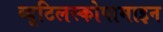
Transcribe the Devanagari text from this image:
ब्यूटिलस्कोपामाइन